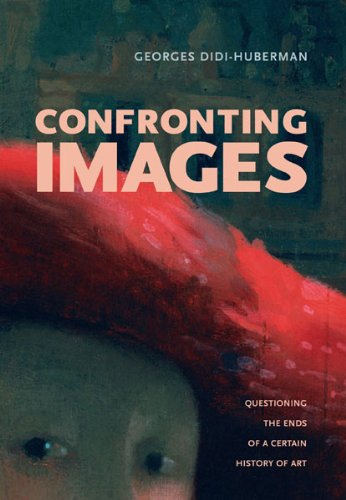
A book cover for Confronting Images: Questioning the Ends of a Certain History of Art; Georges Didi-Huberman; Politics & Social Sciences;